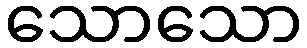
သောသော